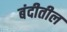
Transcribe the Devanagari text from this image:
बंदीतील